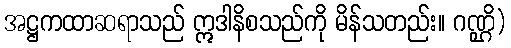
အဋ္ဌကထာဆရာသည် ဣဒါနိစသည်ကို မိန်သတည်း။ ဂဏ္ဌိ)